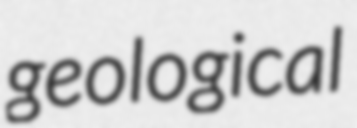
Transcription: geological